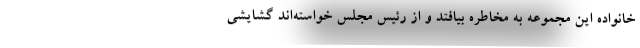
خانواده این مجموعه به مخاطره بیافتد و از رئیس مجلس خواسته‌اند گشایشی